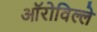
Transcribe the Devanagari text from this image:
ऑरोविल्ले